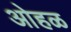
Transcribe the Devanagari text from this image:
ओहळ